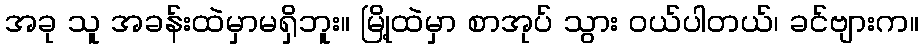
အခု သူ အခန်းထဲမှာမရှိဘူး။ မြို့ထဲမှာ စာအုပ် သွား ဝယ်ပါတယ်၊ ခင်ဗျားက။